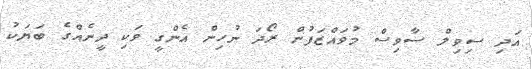
އަދި ސިވިލް ސާވިސް މުވައްޒަފުން ރޯދަ ނުހިން އެންގީ ވަކި ދީނެއްގެ ބަޔަކު